65_HS1-834228961_62-HQ-83894_Section_8
Agency: FBI
Page 85
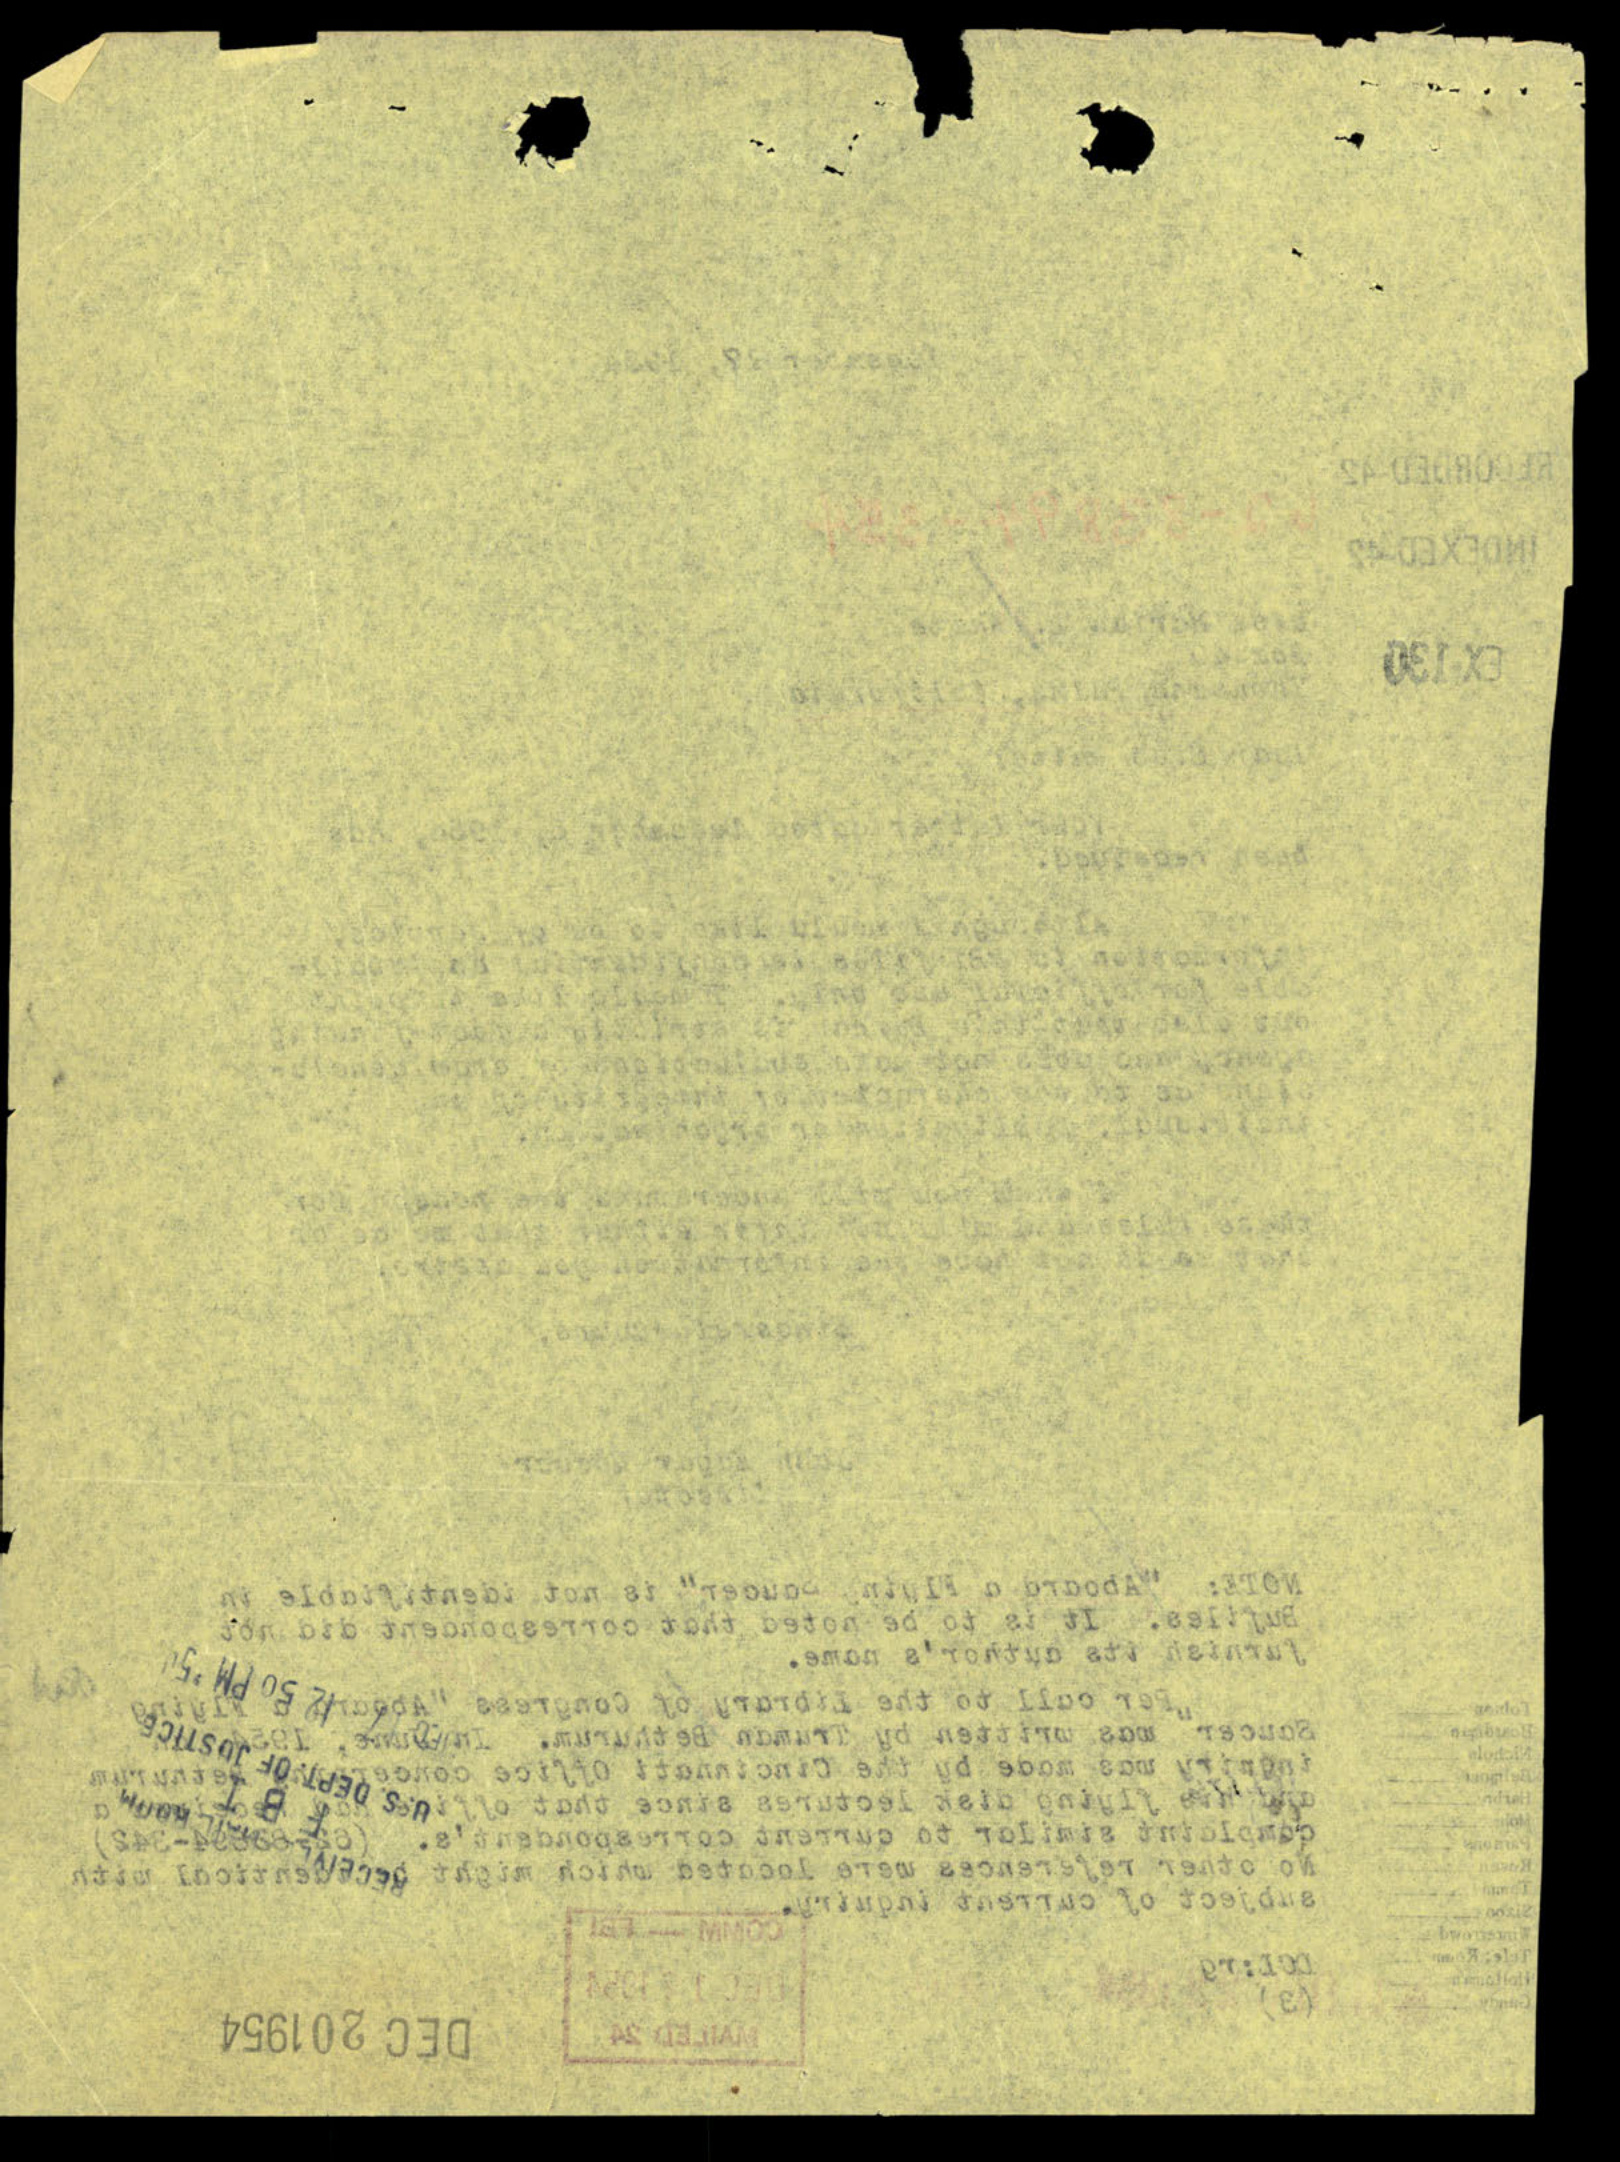